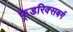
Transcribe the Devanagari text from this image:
फ़्रेडरिक्सबर्ग